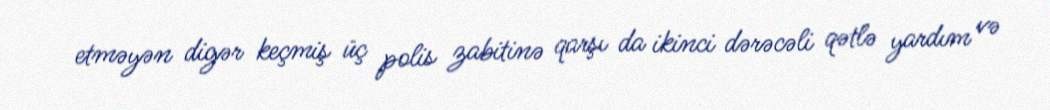
etməyən digər keçmiş üç polis zabitinə qarşı da ikinci dərəcəli qətlə yardım və